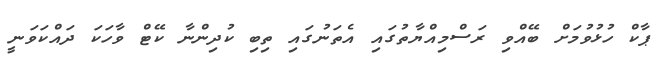
ޕާކް ހުޅުވުމަށް ބޭއްވި ރަސްމިއްޔާތުގައި އެތަނުގައި ތިބި ކުދިންނާ ކޭޓް ވާހަކަ ދައްކަވަނީ